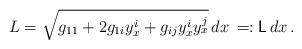
LaTeX: \begin{align*}L = \sqrt{g_{11}+2g_{1i}y^i_x+g_{ij}y^i_xy^j_x}\,dx\,=: \mathsf{L}\,dx\,.\end{align*}